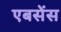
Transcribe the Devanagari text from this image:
एबसेंस